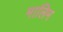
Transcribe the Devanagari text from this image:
मालिम